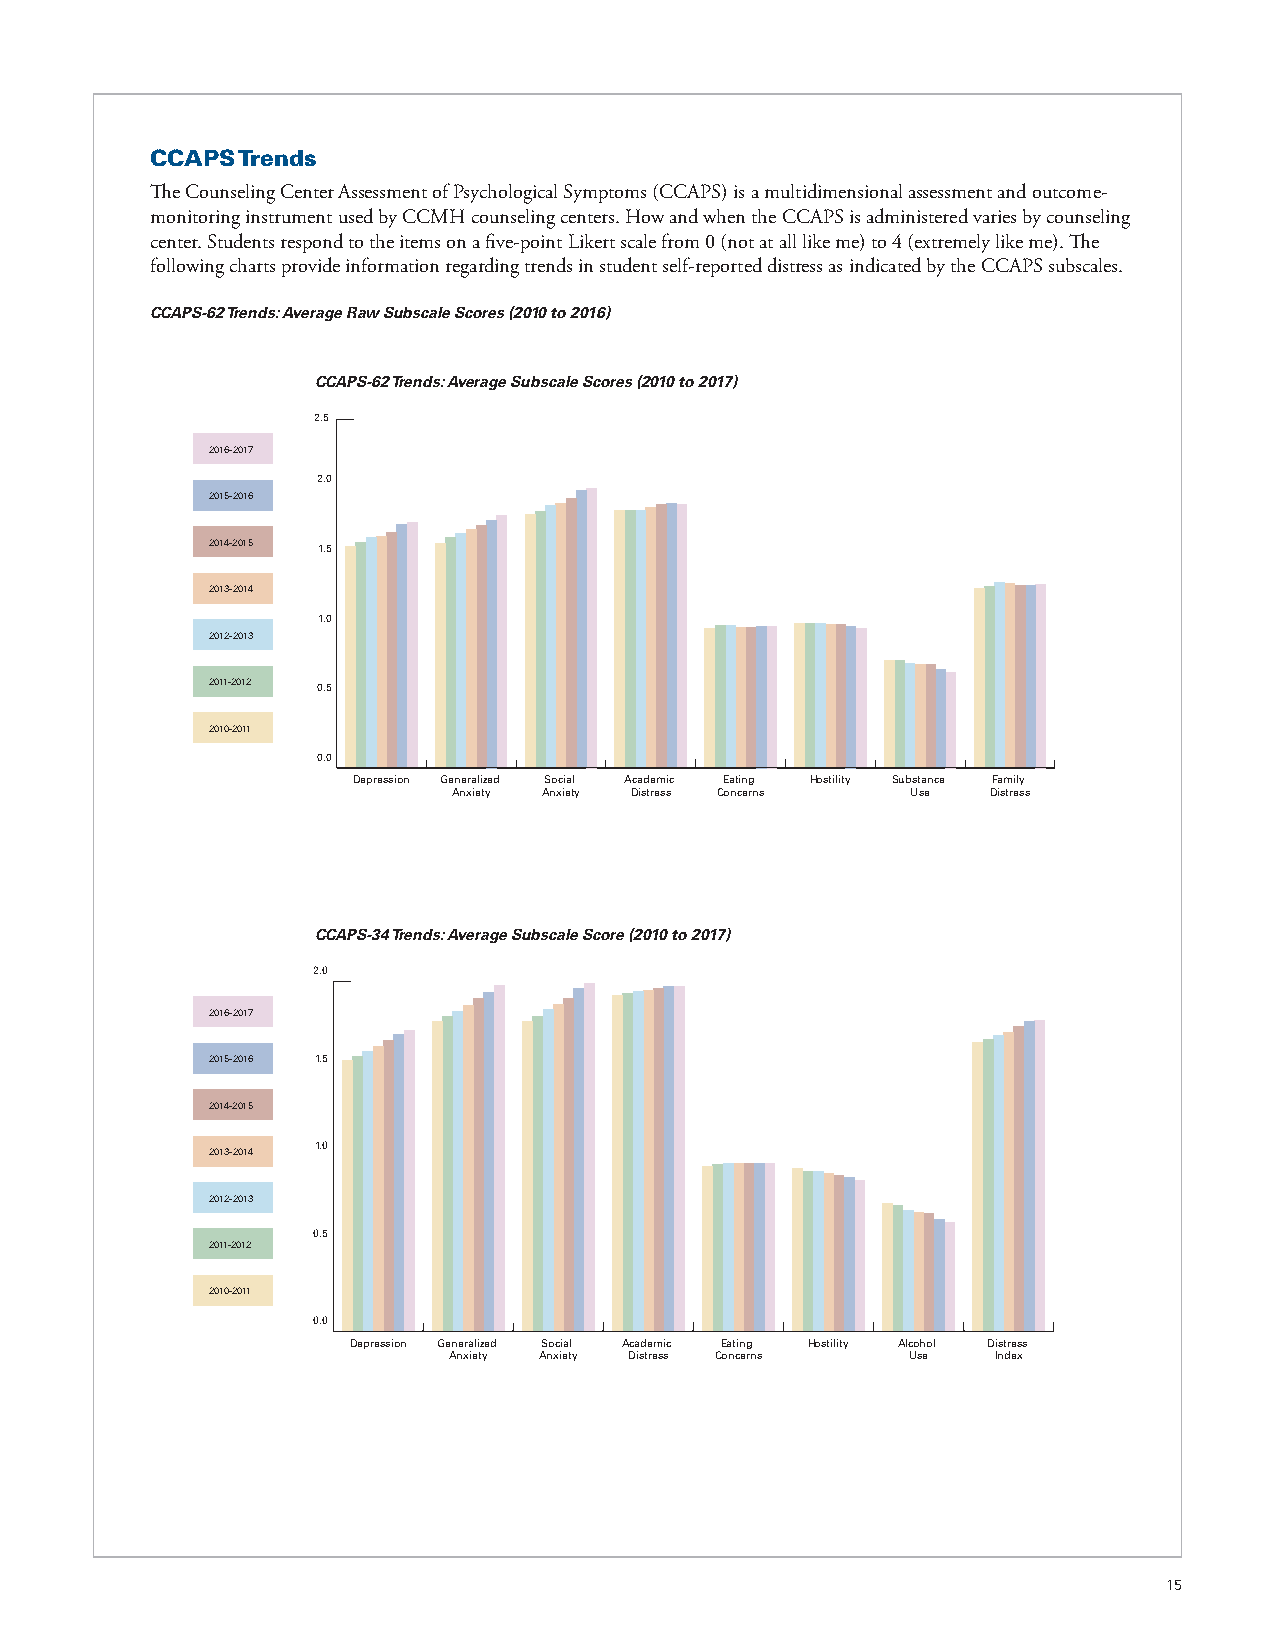
CCAPS Trends
 The Counseling Center Assessment of Psychological Symptoms (CCAPS) is a multidimensional assessment and outcome-
 monitoring instrument used by CCMH counseling centers. How and when the CCAPS is administered varies by counseling
 center. Students respond to the items on a five-point Likert scale from 0 (not at all like me) to 4 (extremely like me). The
 following charts provide information regarding trends in student self-reported distress as indicated by the CCAPS subscales.
 CCAPS-62 Trends: Average Raw Subscale Scores (2010 to 2016)
 CCAPS-62 Trends: Average Subscale Scores (2010 to 2017)
 2.5
 2.5
 2016-2017                                                    2016-2017
 2.0                  2.0
 2015-2016                                                    2015-2016
 1.5           2014-2015 1.5                                                2014-2015
 2013-2014
 1.0                                                                        2013-2014
 1.0
 2012-2013
 2012-2013
 0.5
 2011-2012 0.5
 2011-2012
 0.0           2010-2011
 Depression Generalized Social Academic Eating Hostility Substance Family
 Anxiety Anxiety Distress Concerns Use Distress 0.0                         2010-2011
 Depression Generalized Social Academic Eating Hostility Substance Family
 Anxiety Anxiety Distress Concerns Use Distress
 CCAPS-34 Trends: Average Subscale Score (2010 to 2017)
 2.0
 2.5                                                                           2016-2017
 2016-2017
 2015-2016
 2.0
 2015-2016 1.5
 2014-2015
 1.5           2014-2015
 1.0                                                      2013-2014
 2013-2014
 1.0
 2012-2013                                                       2012-2013
 0.5                  0.5
 2011-2012                                                       2011-2012
 0.0           2010-2011
 2010-2011
 Depression Generalized Social Academic Eating Hostility Substance Family
 Anxiety Anxiety Distress Concerns Use Distress 0.0
 Depression Generalized Social Academic Eating Hostility Alcohol Distress
 Anxiety Anxiety Distress Concerns Use Index
 15